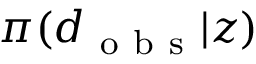
\pi ( \boldsymbol { d } _ { \mathrm { ~ o ~ b ~ s ~ } } | \boldsymbol { z } )